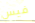
فيس